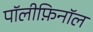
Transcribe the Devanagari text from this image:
पॉलीफ़िनॉल